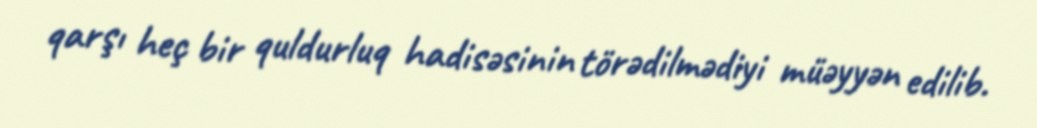
qarşı heç bir quldurluq hadisəsinin törədilmədiyi müəyyən edilib.